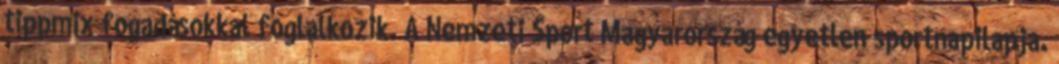
tippmix fogadásokkal foglalkozik. A Nemzeti Sport Magyarország egyetlen sportnapilapja.